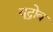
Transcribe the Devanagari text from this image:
वूद्रोव